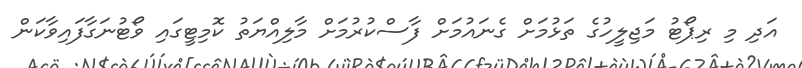
އަދި މި ރިޕޯޓު މަޖިލީހުގެ ތަޅުމަށް ގެނައުމަށް ފާސްކުރުމަށް މާލިއްޔަތު ކޮމިޓީގައި ވޯޓުނަގާފައިވާކަން